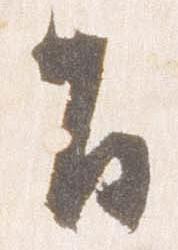
旨